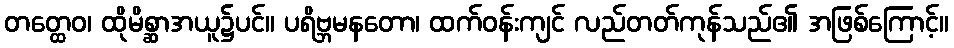
တတ္ထေဝ၊ ထိုမိစ္ဆာအယူ၌ပင်။ ပရိဗ္ဘမနတော၊ ထက်ဝန်းကျင် လည်တတ်ကုန်သည်၏ အဖြစ်ကြောင့်။